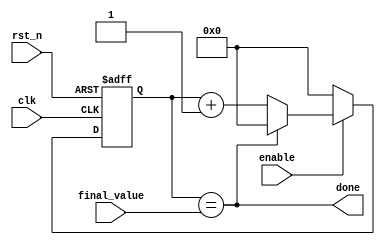
module baud_rate_generator #(parameter width=10)(   
input rst_n,
input clk,
input enable,
input [width-1:0]final_value,
output done 
); 
reg [width-1:0]counter;
assign done=(counter==final_value);
always@(posedge clk,negedge rst_n)
begin
  if(!rst_n)
    counter<=0;
  else if(enable)
    counter<=done?0:(counter+1);
    else
      counter<=0;
end
endmodule